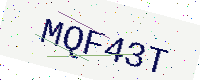
Text: MQF43T